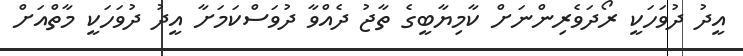
އީދު ދުވަހަކީ ރޯދަވެރިންނަށް ކާމިޔާބީގެ ތާޖު ދެއްވާ ދުވަސްކަމަށާ އީދު ދުވަހަކީ މާތްއަށް